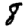
Digit: 8